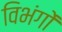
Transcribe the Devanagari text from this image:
विभंगों